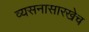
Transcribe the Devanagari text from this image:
व्यसनासारखेच